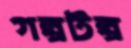
গল্পটল্প